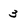
Character: 3